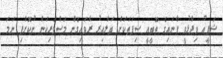
ޝަފީއު ވިދާޅުވީ ފާނައިގެ ތޮބީއީ ސިފަތަކަށް ބަލާއިރު ރާވައިގެން މަސްވެރިކަން ނުކޮށްފި ނަމަ